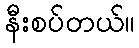
နီးစပ်တယ်။